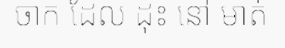
ចាក ដែល ដុះ នៅ មាត់